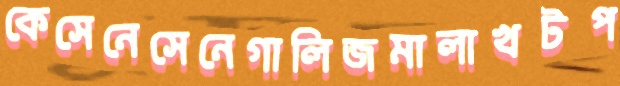
কেসেনেসেনেগালিজমালাখটপ